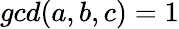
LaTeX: gcd(a,b,c)=1